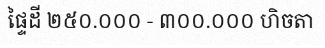
ផ្ទៃដី ២៥០.០០០ - ៣០០.០០០ ហិចតា